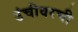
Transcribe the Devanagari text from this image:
उंचीवरची